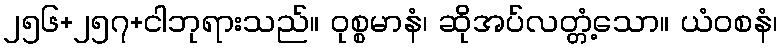
၂၅၆+၂၅၇+ငါဘုရားသည်။ ဝုစ္စမာနံ၊ ဆိုအပ်လတ္တံ့သော။ ယံဝစနံ၊